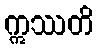
ဣဿတိ